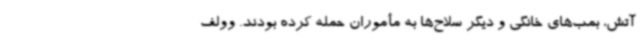
آتش، بمب‌های خانگی و دیگر سلاح‌ها به مأموران حمله کرده بودند. وولف